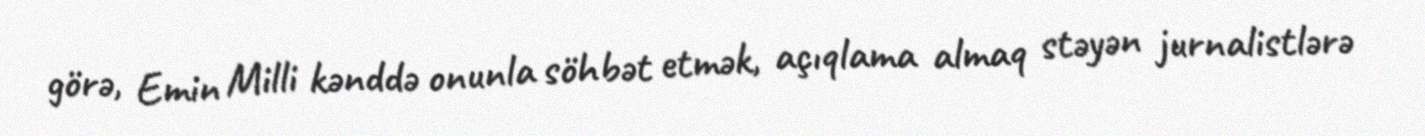
görə, Emin Milli kənddə onunla söhbət etmək, açıqlama almaq stəyən jurnalistlərə